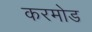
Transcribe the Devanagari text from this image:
करमोड